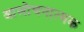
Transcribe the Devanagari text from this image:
आलोचनात्‍मक